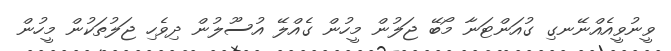
ވީނުވީއެއްނޭނގި ގުއަންޓަނާ މޯބޭ ޖަލުން މީހުން ގެއްލޭ އުސޫލުން ދިވެހި ޖަލުތަކުން މީހުން